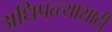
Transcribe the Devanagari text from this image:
अधिपत्त्यासाठी